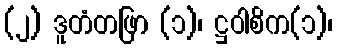
(၂) ဒူတံတဖြာ (၁)၊ ဋ္ဌဝါစိက(၁)၊